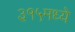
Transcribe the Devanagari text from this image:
३१५मध्ये